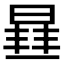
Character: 𭦮